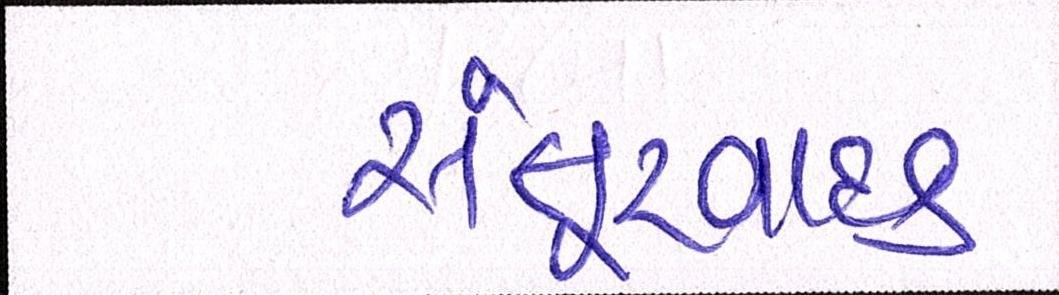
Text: સંતૂરવાદક